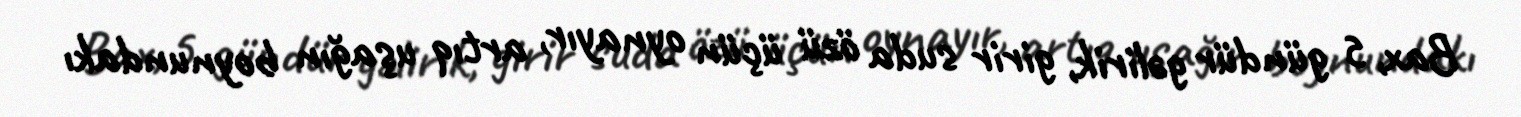
Bax, 5 gündür gəlirik, girir suda özü üçün oynayır, artıq uşağın boynundakı